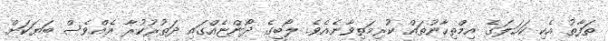
ތަފާތު އެކި ކަހަލަގެ އިމްތިހާނުތައް ކުރިމަތިވާނެއެވެ. ލޯބީގެ ދޯންޏެއްގައި ދަތުރުކުރާ އެއްވެސް ބަޔަކަށް